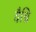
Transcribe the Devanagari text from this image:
वैश्वि